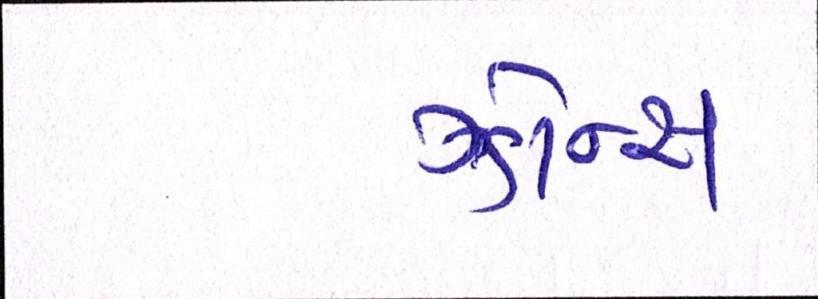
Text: ઝોન્સ